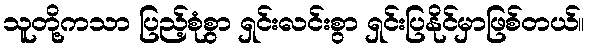
သူတို့ကသာ ပြည့်စုံစွာ ရှင်းလင်းစွာ ရှင်းပြနိုင်မှာဖြစ်တယ်။